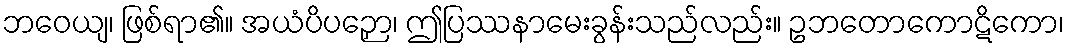
ဘဝေယျ၊ ဖြစ်ရာ၏။ အယံပိပဉှော၊ ဤပြဿနာမေးခွန်းသည်လည်း။ ဥဘတောကောဋိကော၊